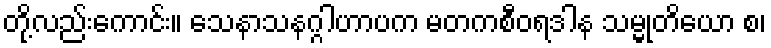
တို့လည်းကောင်း။ သေနာသနဂ္ဂါဟာပက မတကစီဝရဒါန သမ္မုတိယော စ၊